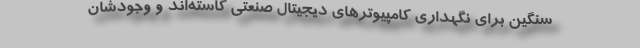
سنگین برای نگهداری کامپیوترهای دیجیتال صنعتی کاسته‌­اند و وجودشان